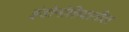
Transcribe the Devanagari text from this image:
इंडोनोशियातील